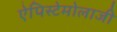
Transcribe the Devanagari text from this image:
ऐपिस्टेमोलाजी